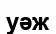
уәж